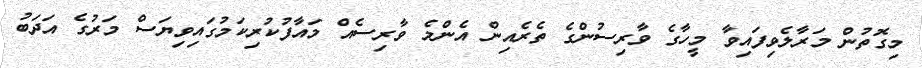
މިގޮތުން މަރާލެވިފައިވާ މީހާގެ ވާރިސުންގެ ތެރެއިން އެންމެ ވާރިސެއް މައާފުކުރިކަމުގައިވިޔަސް މަރުގެ އަދަބު